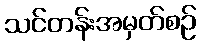
သင်တန်းအမှတ်စဉ်